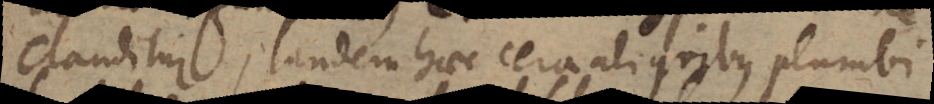
clauditur, tandem haec cera aliquibus plumbi